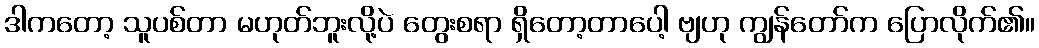
ဒါကတော့ သူပစ်တာ မဟုတ်ဘူးလို့ပဲ တွေးစရာ ရှိတော့တာပေါ့ ဗျဟု ကျွန်တော်က ပြောလိုက်၏။